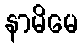
နာမိမေ